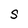
Character: S